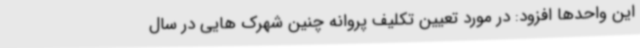
این واحدها افزود: در مورد تعیین تکلیف پروانه چنین شهرک هایی در سال